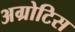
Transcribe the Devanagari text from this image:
अग्रोटिस